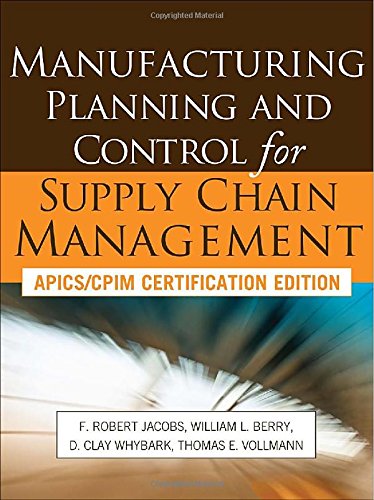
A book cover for Manufacturing Planning and Control for Supply Chain Management; F. Robert Jacobs; Engineering & Transportation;